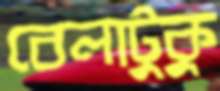
বেলাটুকু